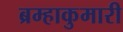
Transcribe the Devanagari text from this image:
ब्रम्हाकुमारी